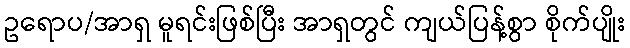
ဥရောပ/အာရှ မူရင်းဖြစ်ပြီး အာရှတွင် ကျယ်ပြန့်စွာ စိုက်ပျိုး